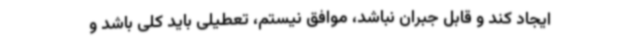
ایجاد کند و قابل جبران نباشد، موافق نیستم، تعطیلی باید کلی باشد و